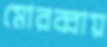
মোরব্বায়